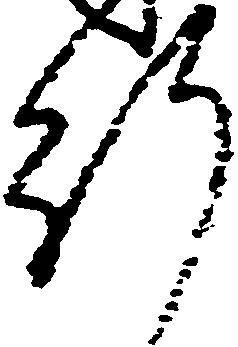
行